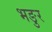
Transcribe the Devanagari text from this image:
भङुर